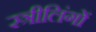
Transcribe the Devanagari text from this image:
स्त्रीलिंगों